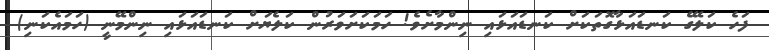
ފަހެ ކަލޭގެ ކަނޑައަޅާގޮތަކަށް ކަނޑައަޅައި ނިންމާށެވެ! ހަމަކަށަވަރުން ކަލެޔަށް ކަނޑައަޅައި ނިންމޭނީ (ހަމައެކަނި)